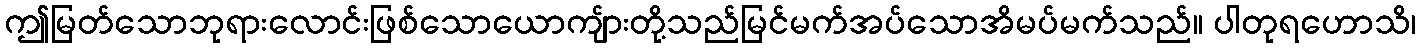
ဤမြတ်သောဘုရားလောင်းဖြစ်သောယောကျ်ားတို့သည်မြင်မက်အပ်သောအိမပ်မက်သည်။ ပါတုရဟောသိ၊